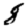
Digit: 8